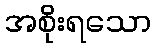
အစိုးရသော